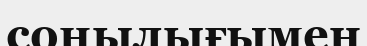
соңылығымен